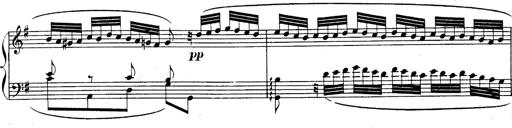
Title: Sonatina for Piano
Composer: BÃ©la BartÃ³k